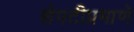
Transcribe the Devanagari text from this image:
शेपटीप्रमाणे